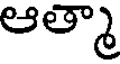
ఆత్మా